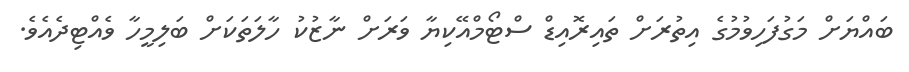
ބައްޔަށް މަގުފަހިވުމުގެ އިތުރަށް ތައިރޮއިޑް ސްޓޯމްއޭކިޔާ ވަރަށް ނާޒުކު ހާލަތަކަށް ބަލިމީހާ ވެއްޓިދެއެވެ.